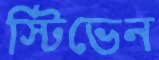
স্টিভেন